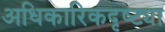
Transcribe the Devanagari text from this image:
अधिकारिकदृष्ट्या